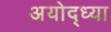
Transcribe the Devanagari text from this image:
अयोद्ध्या